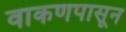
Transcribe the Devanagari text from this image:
वाकणपासून